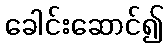
ခေါင်းဆောင်၍